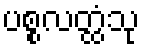
ပစ္စလတ္ထံသု